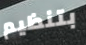
بتنظيم